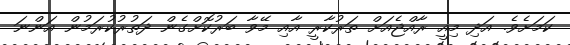
ކަމަށެވެ. އަދި މިއީ ރާއްޖެއަށް ތަރުކާރީ އާއި މޭވާ ބަރުކޮށްގެން ދަތުރުކުރަމުން އަންނަ